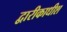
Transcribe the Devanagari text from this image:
द्वारीकाधीश